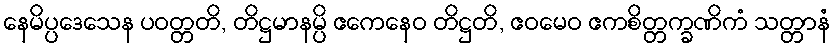
နေမိပ္ပဒေသေန ပဝတ္တတိ, တိဋ္ဌမာနမ္ပိ ဧကေနေဝ တိဋ္ဌတိ, ဧဝမေဝ ဧကစိတ္တက္ခဏိကံ သတ္တာနံ